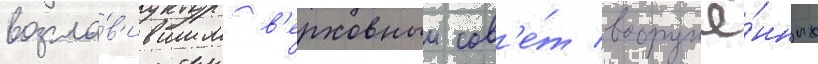
возгла́в'ившим в'ерховныи сов'е́т вооружё́нных